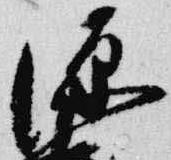
源